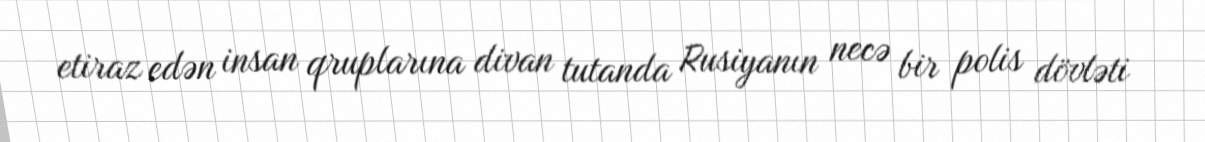
etiraz edən insan qruplarına divan tutanda Rusiyanın necə bir polis dövləti